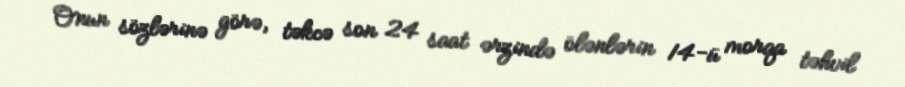
Onun sözlərinə görə, təkcə son 24 saat ərzində ölənlərin 14-ü morqa təhvil